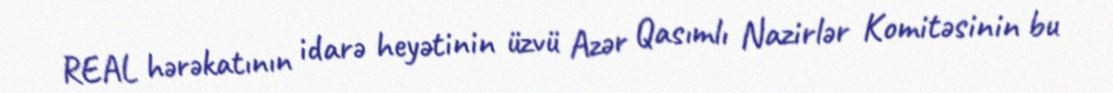
REAL hərəkatının idarə heyətinin üzvü Azər Qasımlı Nazirlər Komitəsinin bu